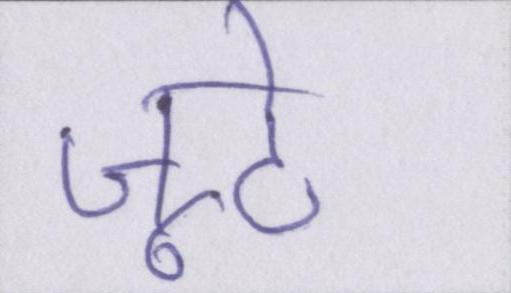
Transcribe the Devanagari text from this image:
जूठे